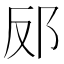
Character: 𮟬